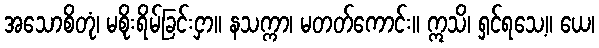
အသောစိတုံ၊ မစိုးရိမ်ခြင်းငှာ။ နသက္ကာ၊ မတတ်ကောင်း။ ဣသိ၊ ရှင်ရသေ့။ ယေ၊